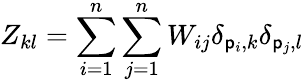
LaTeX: Z_{kl}=\sum_{i=1}^{n}\sum_{j=1}^{n}W_{ij}\delta_{\mathsf{p}_{i},k}\delta_{\mathsf{p}_{j},l}